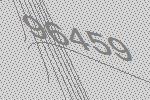
96459